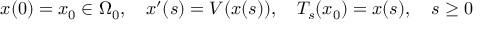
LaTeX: x ( 0 ) = x _ { 0 } \in \Omega _ { 0 } , \quad x ^ { \prime } ( s ) = V ( x ( s ) ) , \quad T _ { s } ( x _ { 0 } ) = x ( s ) , \quad s \geq 0